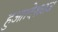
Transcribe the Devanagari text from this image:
हुआ।देशराज